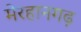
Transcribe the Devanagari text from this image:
मेरहानगढ़